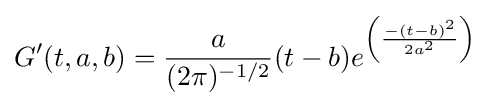
G'(t,a,b)={\frac {a}{(2\pi )^{-1/2}}}(t-b)e^{\left({\frac {-(t-b)^{2}}{2a^{2}}}\right)}